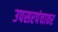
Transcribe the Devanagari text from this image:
उपसरपंचावर